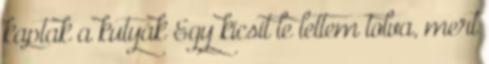
kaptak a kutyák Egy kicsit le lettem tolva, mert